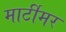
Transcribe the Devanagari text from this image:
मार्टीमर